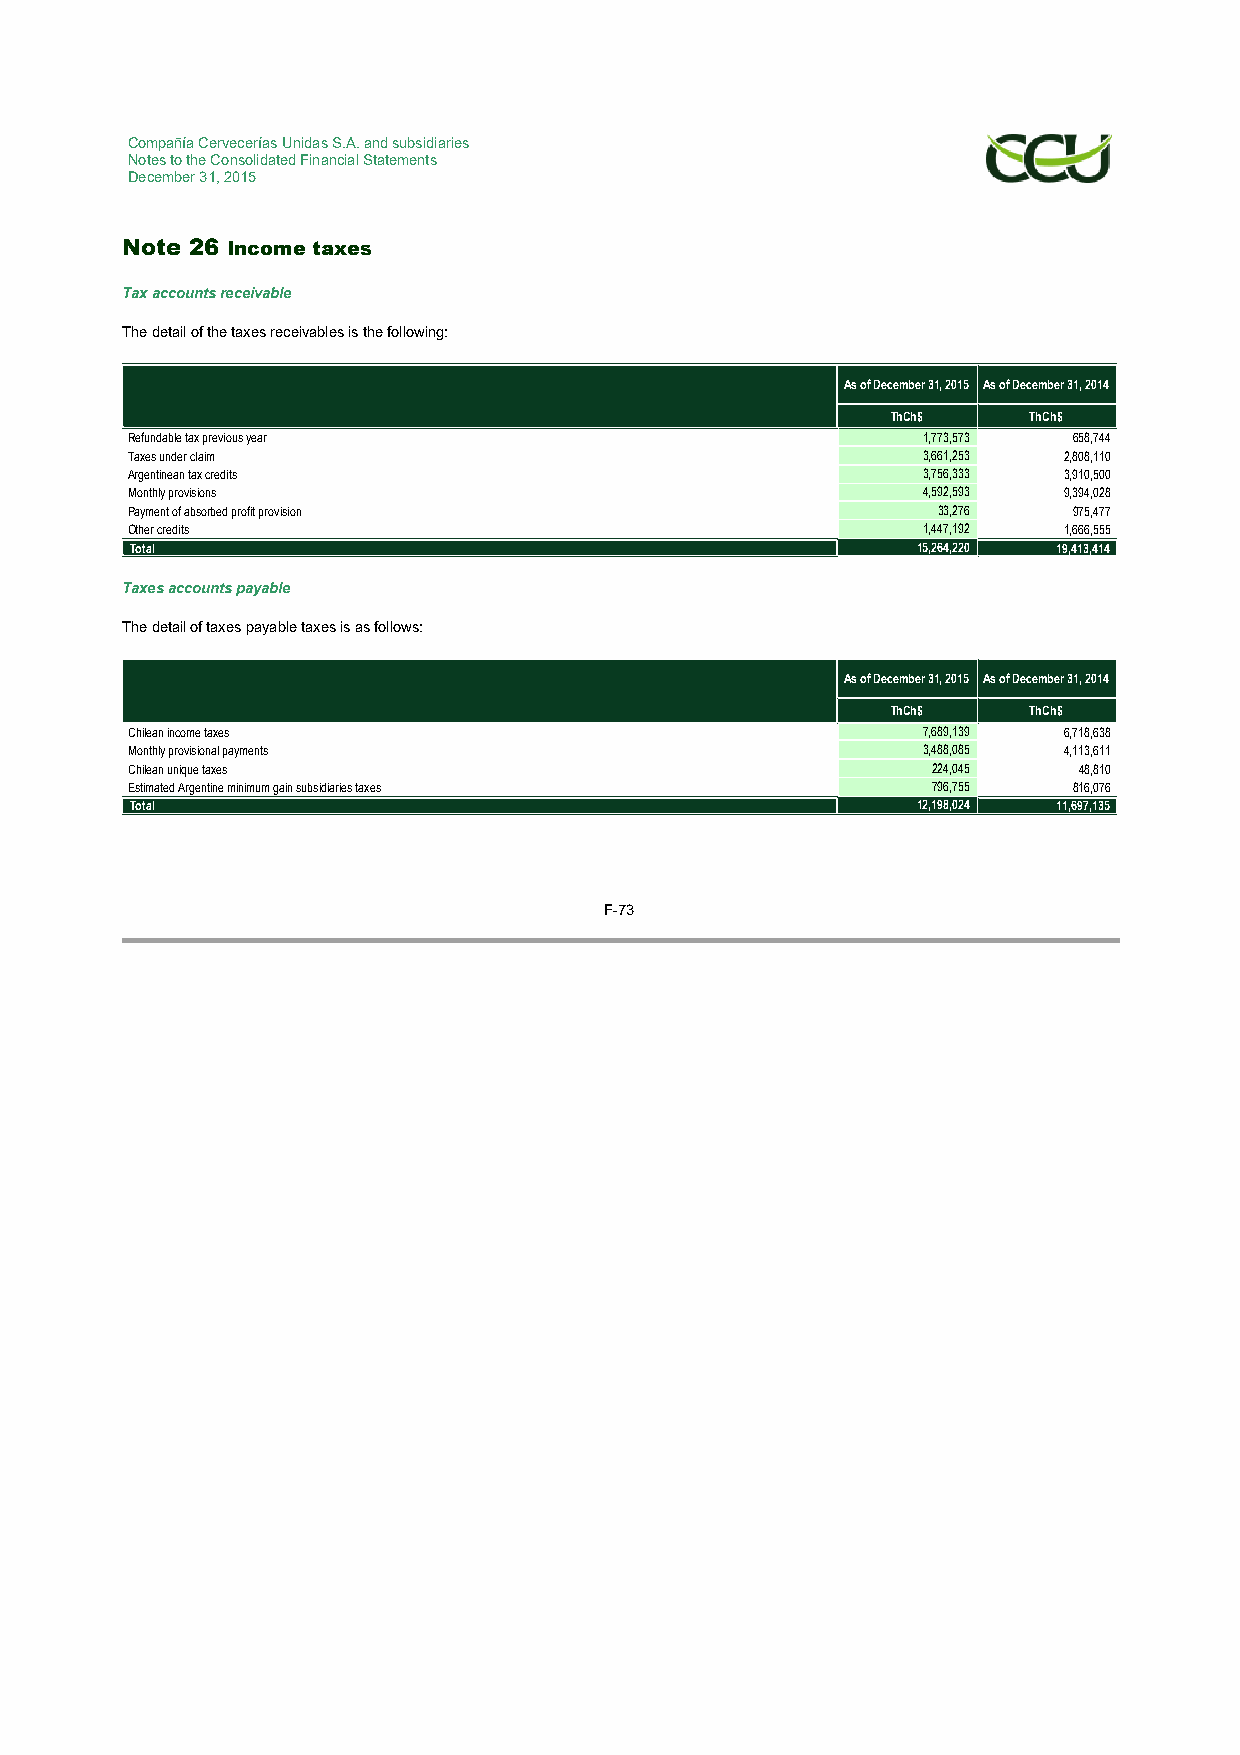
Compañía Cervecerías Unidas S.A. and subsidiaries
 Notes to the Consolidated Financial Statements
 December 31, 2015
 Note 26 Income taxes
 Tax accounts receivable
 The detail of the taxes receivables is the following:
 As of December 31, 2015 As of December 31, 2014
 ThCh$    ThCh$
 Refundable tax previous year                         1,773,573 658,744
 Taxes under claim                                    3,661,253 2,808,110
 Argentinean tax credits                              3,756,333 3,910,500
 Monthly provisions                                   4,592,593 9,394,028
 Payment of absorbed profit provision                  33,276   975,477
 Other credits                                        1,447,192 1,666,555
 Total                                               15,264,220 19,413,414
 Taxes accounts payable
 The detail of taxes payable taxes is as follows:
 As of December 31, 2015 As of December 31, 2014
 ThCh$    ThCh$
 Chilean income taxes                                 7,689,139 6,718,638
 Monthly provisional payments                         3,488,085 4,113,611
 Chilean unique taxes                                  224,045  48,810
 Estimated Argentine minimum gain subsidiaries taxes   796,755  816,076
 Total                                               12,198,024 11,697,135
 F-73